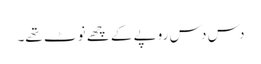
دس دس روپے کے چھے نوٹ تھے۔